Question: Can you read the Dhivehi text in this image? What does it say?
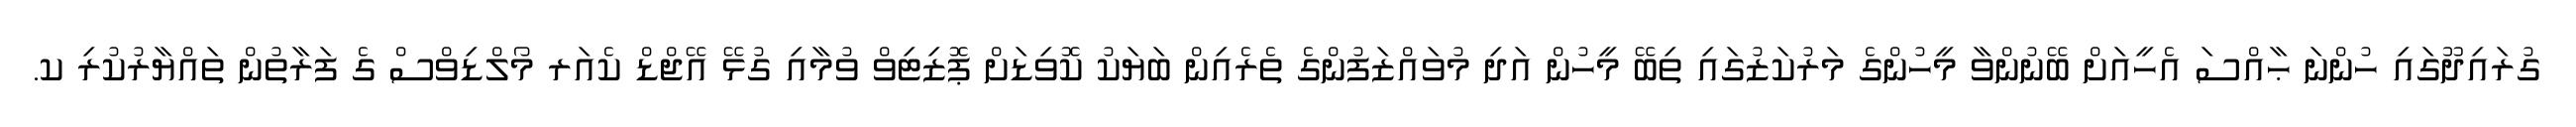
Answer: ގުރައިދޫގައި ހުންނަ ޙާއްސަ އެހީއަށް ބޭނުންވާ މީހުންގެ މަރުކަޒުގައި ތިބޭ މީހުން އަދި މުވައްޒަފުންގެ ތެރެއިން ބަޔަކު ކޮވިޑަށް ޕޮޒިޓިވް ވުމާއި ގުޅޭ އޭޖްޑް ކެއަރ މޯލްޑިވްސް ގެ ފަރާތުން ތައްޔާރުކުރި ކ.